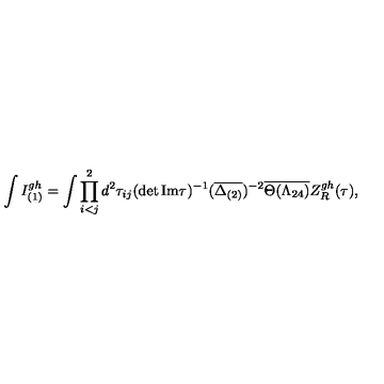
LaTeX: \int I _ { ( 1 ) } ^ { g h } = \int \prod _ { i < j } ^ { 2 } d ^ { 2 } \tau _ { i j } ( \det { \mathrm { I m } \tau } ) ^ { - 1 } ( \overline { { \Delta _ { ( 2 ) } } } ) ^ { - 2 } \overline { { \Theta ( \Lambda _ { 2 4 } ) } } Z _ { R } ^ { g h } ( \tau ) ,